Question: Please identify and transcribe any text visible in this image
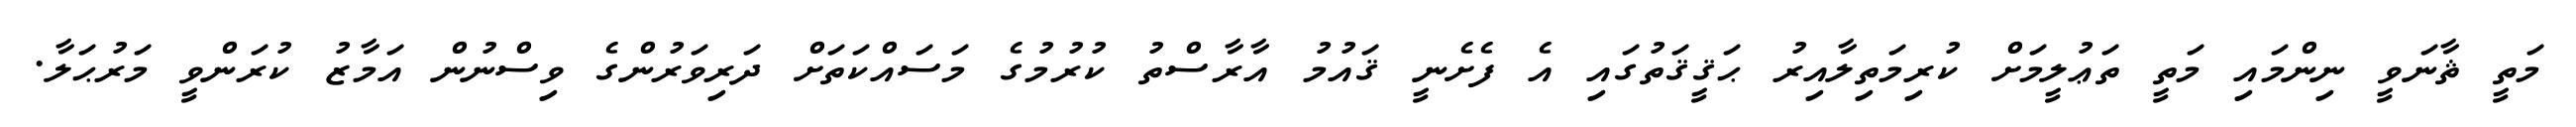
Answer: މަތީ ޘާނަވީ ނިންމައި މަތީ ތަޢުލީމަށް ކުރިމަތިލާއިރު ޙަޤީޤަތުގައި އެ ފެށެނީ ޤައުމު އާރާސްތު ކުރުމުގެ މަސައްކަތަށް ދަރިވަރުންގެ ވިސްނުން އަމާޒު ކުރަންވީ މަރުޙަލާ.